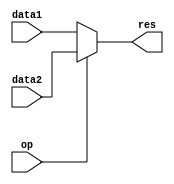
module mux2_16bit(
  input [15:0] data1,
  input [15:0] data2,
  input op,
  output reg [15:0] res);

  always @* begin
    if(op == 1'b0) begin
      res <= data1;
    end 
    else begin
      res <= data2;
    end
  end
endmodule